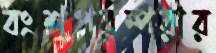
বংশপরম্পরার